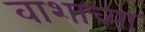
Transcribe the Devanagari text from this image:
वाशाच्या